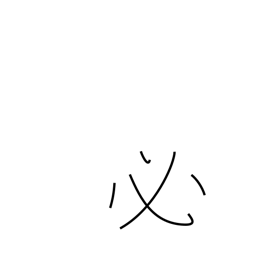
Meaning: certain